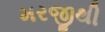
મરજીથી